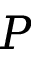
P